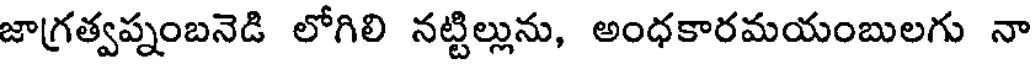
జాగ్రత్వప్నంబనెడి లోగిలి నట్టిల్లును, అంధకారమయంబులగు నా